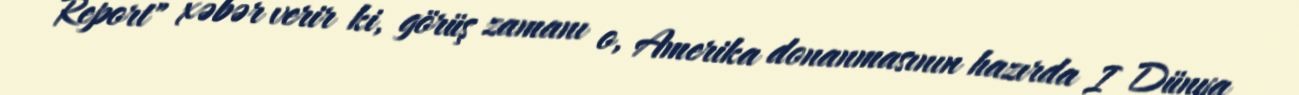
Report" xəbər verir ki, görüş zamanı o, Amerika donanmasının hazırda I Dünya